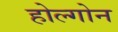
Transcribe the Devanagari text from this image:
होल्गोन